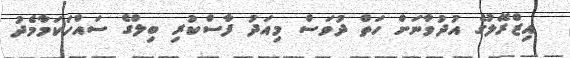
އިޒްރޭލުގެ އުދުވާނަށް ހަތް ދުވަސް މިއަދު ފާސްކުރި ބިލްގެ ސައްހަކަމާމެދު